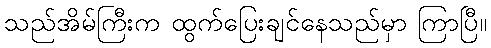
သည်အိမ်ကြီးက ထွက်ပြေးချင်နေသည်မှာ ကြာပြီ။